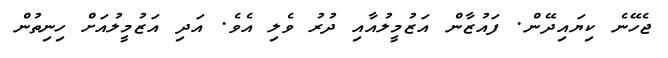
ޖެހޭނެ ކިޔައިދޭން. ފައުޒާން އަޒުމީލުއާއި ދުރު ވެލި އެވެ. އަދި އަޒުމީލުއަށް ހިނިތުން